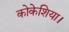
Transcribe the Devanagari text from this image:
कोकेशिया।